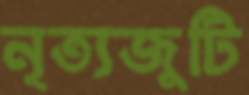
নৃত্যজুটি